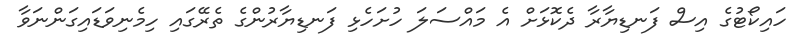
ހައިކޯޓުގެ އިސް ފަނޑިޔާރާ ދެކޮޅަށް އެ މައްސަލަ ހުށަހެޅި ފަނޑިޔާރުންގެ ތެރޭގައި ހިމެނިވަޑައިގަންނަވާ